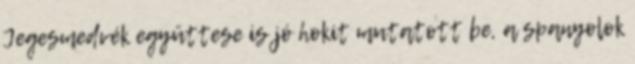
Jegesmedvék együttese is jó hokit mutatott be, a spanyolok